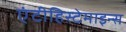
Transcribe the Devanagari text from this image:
एंटीहिस्टेमाइन्स